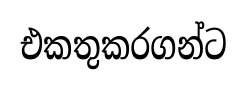
එකතුකරගන්ට